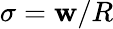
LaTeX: \sigma=\mathbf{w}/R